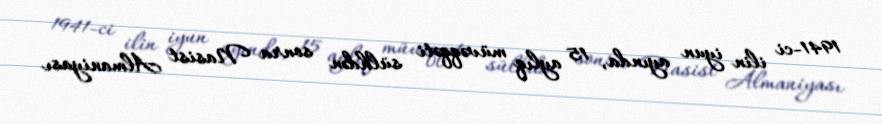
1941-ci ilin iyun ayında, 15 aylıq müvəqqəti sülhdən sonra Nasist Almaniyası